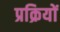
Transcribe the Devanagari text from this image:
प्रक्रियों